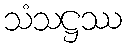
သံသဋ္ဌဿ